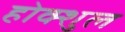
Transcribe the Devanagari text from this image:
होक्शुल